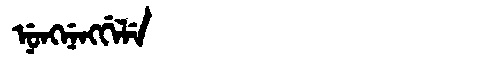
Manchu: ᠨᡠᠩᠨᡝᠩᡤᡝᠯᡝ
Romanization: NUNGNENGGELE